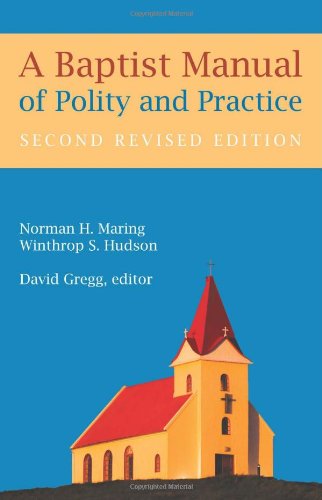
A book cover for A Baptist Manual of Polity and Practice; Norman H. Maring; Christian Books & Bibles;